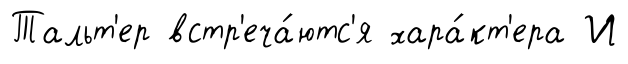
Тальт'ер встр'еча́ютс'я хара́кт'ера И